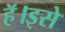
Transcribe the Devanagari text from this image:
हॅ।इसे